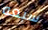
سبعه